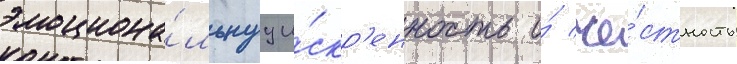
эмоциона́льнуу и́скр'енность и́ че́стность